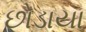
છોડાયા